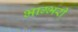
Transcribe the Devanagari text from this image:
भाग्भरी